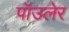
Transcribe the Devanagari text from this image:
पॉउलेर